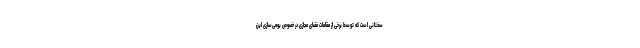
سخنانی است که توسط برخی از مقامات فضای مجازی در خصوص بومی‌سازی این